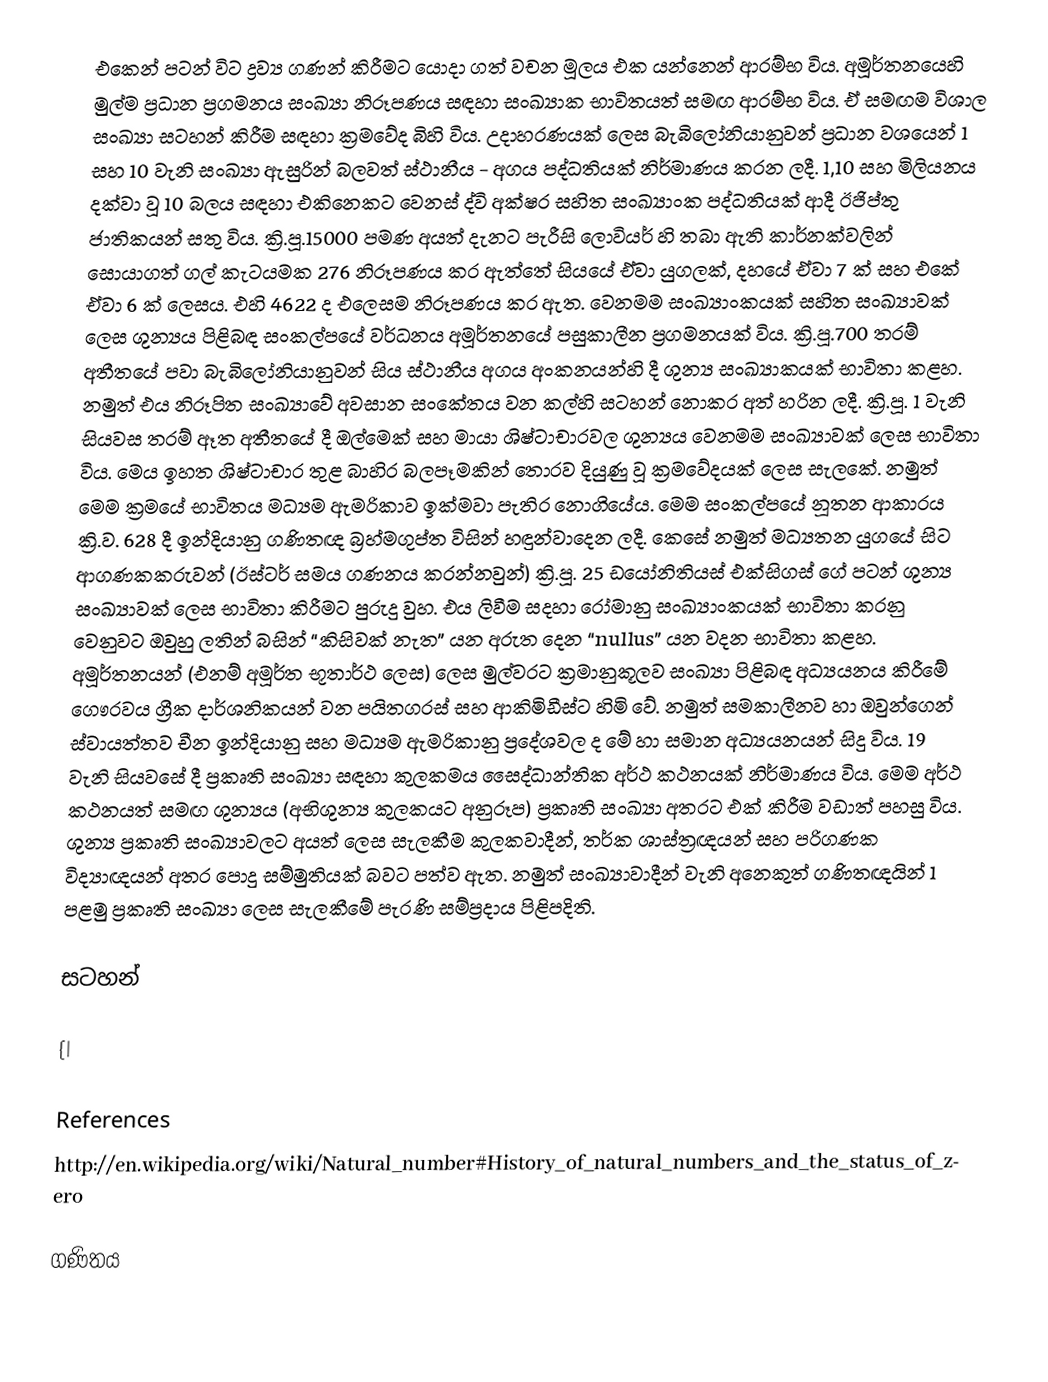
එකෙන් පටන් විට ද්‍රව්‍ය ගණන් කිරීමට යොදා ගත් වචන මූලය එක යන්නෙන් ආරම්භ විය. අමූර්තනයෙහි මුල්ම ප්‍රධාන ප්‍රගමනය සංඛ්‍යා නිරූපණය සඳහා සංඛ්‍යාක භාවිතයත් සමඟ ආරම්භ විය. ඒ සමඟම විශාල සංඛ්‍යා සටහන් කිරීම සඳහා ක්‍රමවේද බිහි විය. උදාහරණයක් ලෙස බැබිලෝනියානුවන් ප්‍රධාන වශයෙන් 1 සහ 10 වැනි සංඛ්‍යා ඇසුරින් බලවත් ස්ථානීය - අගය පද්ධතියක් නිර්මාණය කරන ලදී. 1,10 සහ මිලියනය දක්වා වූ 10 බලය සඳහා එකිනෙකට වෙනස් ද්වි අක්ෂර සහිත සංඛ්‍යාංක පද්ධතියක් ආදී ඊජිප්තු ජාතිකයන් සතු විය. ක්‍රි.පූ.15000 පමණ අයත් දැනට පැරීසි ලොවියර් හි තබා ඇති කාර්නක්වලින් සොයාගත් ගල් කැටයමක 276 නිරූපණය කර ඇත්තේ සියයේ ඒවා යුගලක්, දහයේ ඒවා 7 ක් සහ එකේ ඒවා 6 ක් ලෙසය. එහි 4622 ද එලෙසම නිරූපණය කර ඇත. වෙනමම සංඛ්‍යාංකයක් සහිත සංඛ්‍යාවක් ලෙස ශුන්‍යය පිළිබඳ සංකල්පයේ වර්ධනය අමූර්තනයේ පසුකාලීන ප්‍රගමනයක් විය. ක්‍රි.පූ.700 තරම් අතීතයේ පවා බැබිලෝනියානුවන් සිය ස්ථානීය අගය අංකනයන්හි දී ශුන්‍ය සංඛ්‍යාකයක් භාවිතා කළහ. නමුත් එය නිරූපිත සංඛ්‍යාවේ අවසාන සංකේතය වන කල්හි සටහන් නොකර අත් හරින ලදී. ක්‍රි.පූ. 1 වැනි සියවස තරම් ඈත අතීතයේ දී ඔල්මෙක් සහ මායා ශිෂ්ටාචාරවල ශුන්‍යය වෙනමම සංඛ්‍යාවක් ලෙස භාවිතා විය. මෙය ඉහත ශිෂ්ටාචාර තුළ බාහිර බලපෑමකින් තොරව දියුණු වූ ක්‍රමවේදයක් ලෙස සැලකේ. නමුත් මෙම ක්‍රමයේ භාවිතය මධ්‍යම ඇමරිකාව ඉක්මවා පැතිර නොගියේය. මෙම සංකල්පයේ නූතන ආකාරය ක්‍රි.ව. 628 දී ඉන්දියානු ගණිතඥ බ්‍රහ්මගුප්ත විසින් හඳුන්වාදෙන ලදී. කෙසේ නමුත් මධ්‍යතන යුගයේ සිට ආගණකකරුවන් (ඊස්ටර් සමය ගණනය කරන්නවුන්) ක්‍රි.පූ. 25 ඩයෝනිතියස් එක්සිගස් ගේ පටන් ශුන්‍ය සංඛ්‍යාවක් ලෙස භාවිතා කිරීමට පුරුදු වුහ. එය ලිවීම සදහා රෝමානු සංඛ්‍යාංකයක් භාවිතා කරනු වෙනුවට ඔවුහු ලතින් බසින් “කිසිවක් නැත” යන අරුත දෙන “nullus” යන වදන භාවිතා කළහ. අමූර්තනයන් (එනම් අමූර්ත භූතාර්ථ ලෙස) ලෙස මුල්වරට ක්‍රමානුකූලව සංඛ්‍යා පිළිබඳ අධ්‍යයනය කිරීමේ ගෞරවය ග්‍රීක දාර්ශනිකයන් වන පයිතගරස් සහ ආකිමිඩීස්ට හිමි වේ. නමුත් සමකාලීනව හා ඔවුන්ගෙන් ස්වායත්තව චීන ඉන්දියානු සහ මධ්‍යම ඇමරිකානු ප්‍රදේශවල ද මේ හා සමාන අධ්‍යයනයන් සිදු විය. 19 වැනි සියවසේ දී ප්‍රකෘති සංඛ්‍යා සඳහා කුලකමය සෛද්ධාන්තික අර්ථ කථනයක් නිර්මාණය විය. මෙම අර්ථ කථනයත් සමඟ ශුන්‍යය (අභිශුන්‍ය කුලකයට අනුරූප) ප්‍රකෘති සංඛ්‍යා අතරට එක් කිරීම වඩාත් පහසු විය. ශුන්‍ය ප්‍රකෘති සංඛ්‍යාවලට අයත් ලෙස සැලකීම කුලකවාදීන්, තර්ක ශාස්ත්‍රඥයන් සහ පරිගණක විද්‍යාඥයන් අතර පොදු සම්මුතියක් බවට පත්ව ඇත. නමුත් සංඛ්‍යාවාදීන් වැනි අනෙකුත් ගණිතඥයින් 1 පළමු ප්‍රකෘති සංඛ්‍යා ලෙස සැලකීමේ පැරණි සම්ප්‍රදාය පිළිපදිති.

සටහන්

{|

References
http://en.wikipedia.org/wiki/Natural_number#History_of_natural_numbers_and_the_status_of_zero

ගණිතය